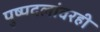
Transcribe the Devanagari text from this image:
पुष्पदलांवरही